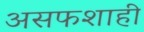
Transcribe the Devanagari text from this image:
असफशाही